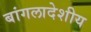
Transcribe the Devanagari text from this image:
बांगलादेशीय